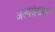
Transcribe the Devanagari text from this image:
अल्पसंख्यकः